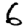
Digit: 6